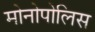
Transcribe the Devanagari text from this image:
मोनोपोलिस